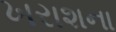
ખરાશના